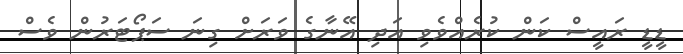
ޑީޑީ ރައީސް ކަން ކުރެއްވެވި އަދި އޭނާގެ ވަރަށް ގިނަ ސަޕޯޓަރުން ވެސް